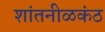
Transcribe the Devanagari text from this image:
शांतनीळकंठ